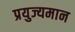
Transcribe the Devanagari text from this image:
प्रयुज्यमान